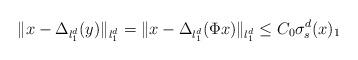
LaTeX: \begin{align*}\|x-\Delta_{l_1^d}(y)\|_{l_1^d}=\|x-\Delta_{l_1^d}(\Phi x)\|_{l_1^d}\leq C_0 \sigma_s^d(x)_{1}\end{align*}